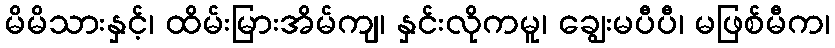
မိမိသားနှင့်၊ ထိမ်းမြားအိမ်ကျ၊ နှင်းလိုကမူ၊ ချွေးမပီပီ၊ မဖြစ်မီက၊